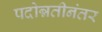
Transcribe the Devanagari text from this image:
पदोन्नतीनंतर